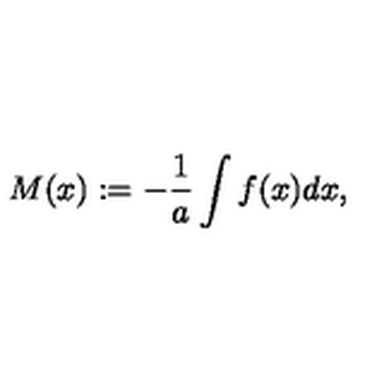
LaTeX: M ( x ) : = - { \frac { 1 } { a } } \int f ( x ) d x ,